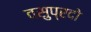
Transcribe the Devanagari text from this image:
वसुप्रदो